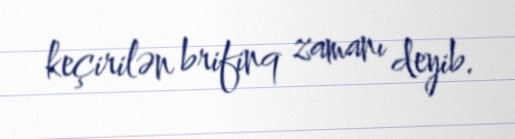
keçirilən brifinq zamanı deyib.